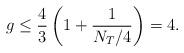
LaTeX: \begin{align*}g\le\frac{4}{3}\left(1+\frac{1}{N_T/4}\right)=4.\end{align*}